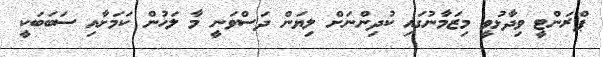
ޕްރަންޓީ ވިދާޅުވީ މިޒަމާނުގައި ކުދިންނަށް ލިޔަން ދަސްވަނީ މާ ލަހުން ކަމަށާއި ސަބަބަކީ